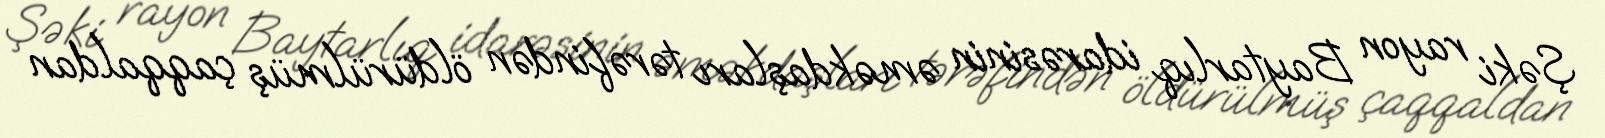
Şəki rayon Baytarlıq idarəsinin əməkdaşları tərəfindən öldürülmüş çaqqaldan